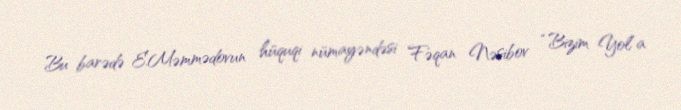
Bu barədə E.Məmmədovun hüquqi nümayəndəsi Fəqan Nəsibov “Bizim Yol”a